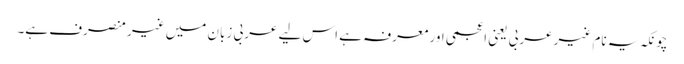
چونکہ یہ نام غیر عربی یعنی اعجمی اور معرفہ ہے اس لیے عربی زبان میں غیر منصرف ہے۔